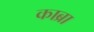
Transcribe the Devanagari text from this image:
काब्रा